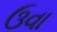
ઉવા